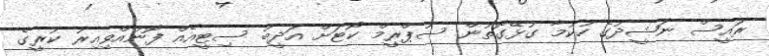
ރައީސް ނަޝީދުގެ ހުކުމާ ގުޅޭގޮތުން ސުޕްރީމް ކޯޓަށް އަދީބު ސިޓީއެއް ފޮނުއްވިއިރު ކުރީގެ